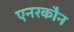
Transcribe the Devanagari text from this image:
एनरकौन